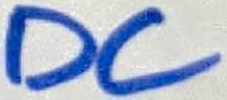
Text: DC